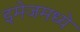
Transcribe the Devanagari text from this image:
इमेजमध्ये